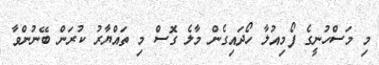
މި މަސްހުނީގެ ފޯމިއުލާ ހޯދައިގެން މާލެ ގޮސް މި ތައްޔާރު ކުރަން ބޭނުންވާ